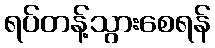
ရပ်တန့်သွားစေရန်